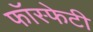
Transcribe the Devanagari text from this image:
फॉस्फेटी